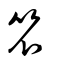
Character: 笊